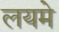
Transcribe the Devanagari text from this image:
लयमे